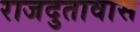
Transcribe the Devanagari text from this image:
राजदुतावास